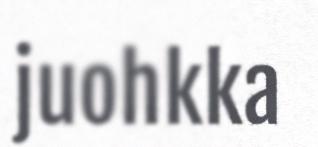
juohkka